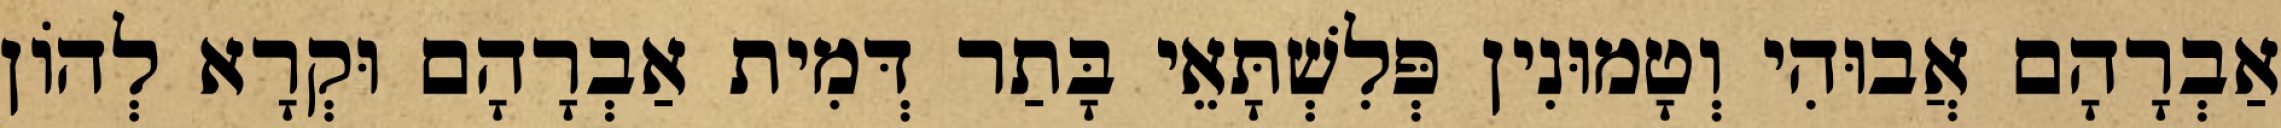
אַבְרָהָם אֲבוּהִי וְטָמוּנִין פְּלִשְׁתָּאֵי בָּתַר דְּמִית אַבְרָהָם וּקְרָא לְהוֹן